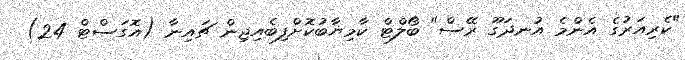
"ކެރިއަރުގެ އެންމެ އުނދަގޫ ރޭސް" ބޯލްޓް ކާމިޔާބުކޮށްފިބެއިޖިން ޗައިނާ (އޮގަސްޓް 24)